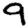
Digit: 9